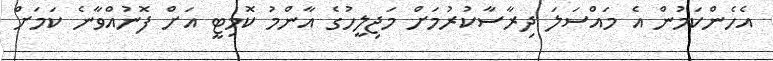
އެހެންކަމުން އެ މައްސަލަ ދިރާސާކުރުމަށް މަޖިލީހުގެ އާންމު ކޮމިޓީ އަށް ފޮނުއްވާނެ ކަމަށް